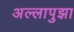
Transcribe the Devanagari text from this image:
अल्लापुझा